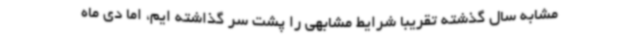
مشابه سال گذشته تقریبا شرایط مشابهی را پشت سر گذاشته ایم، اما دی ماه